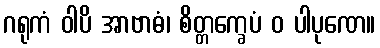
ဂရုကံ ဝါပိ အာဗာဓံ၊ စိတ္တက္ခေပံ ဝ ပါပုဏေ။